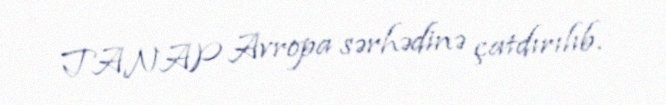
TANAP Avropa sərhədinə çatdırılıb.